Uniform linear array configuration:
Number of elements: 24
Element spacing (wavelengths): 0.5
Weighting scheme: cosine
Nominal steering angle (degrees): -45
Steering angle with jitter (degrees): -44.413
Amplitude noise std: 0.05
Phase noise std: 0.05

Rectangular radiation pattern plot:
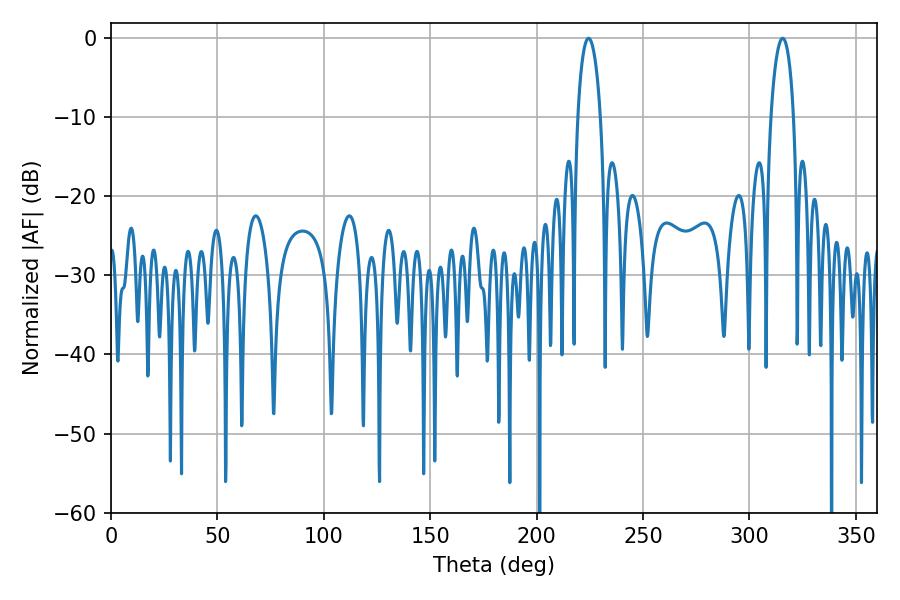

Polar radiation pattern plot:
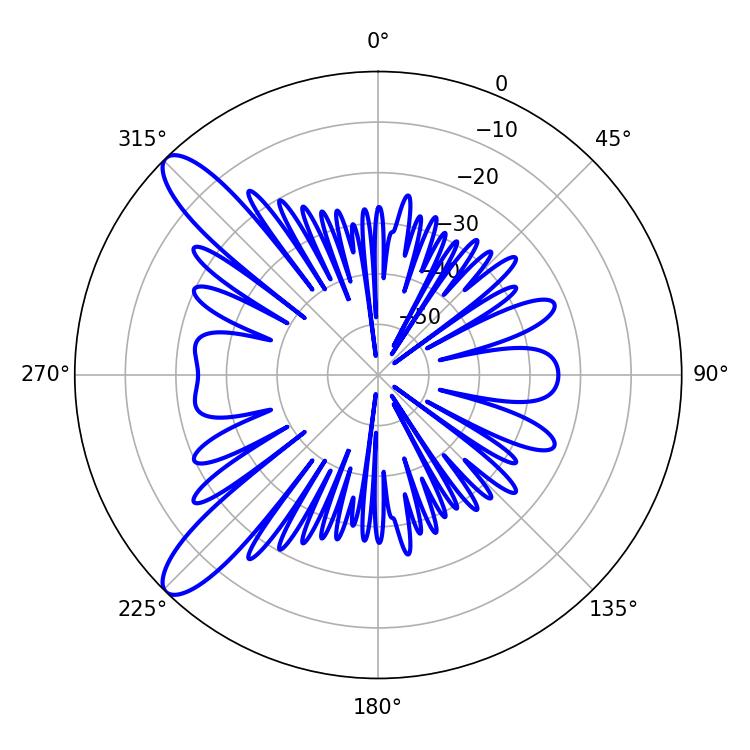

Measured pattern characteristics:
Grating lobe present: FALSE
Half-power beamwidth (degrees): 6.12
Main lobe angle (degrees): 224.46